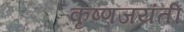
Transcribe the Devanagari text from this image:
कृष्णजयंती